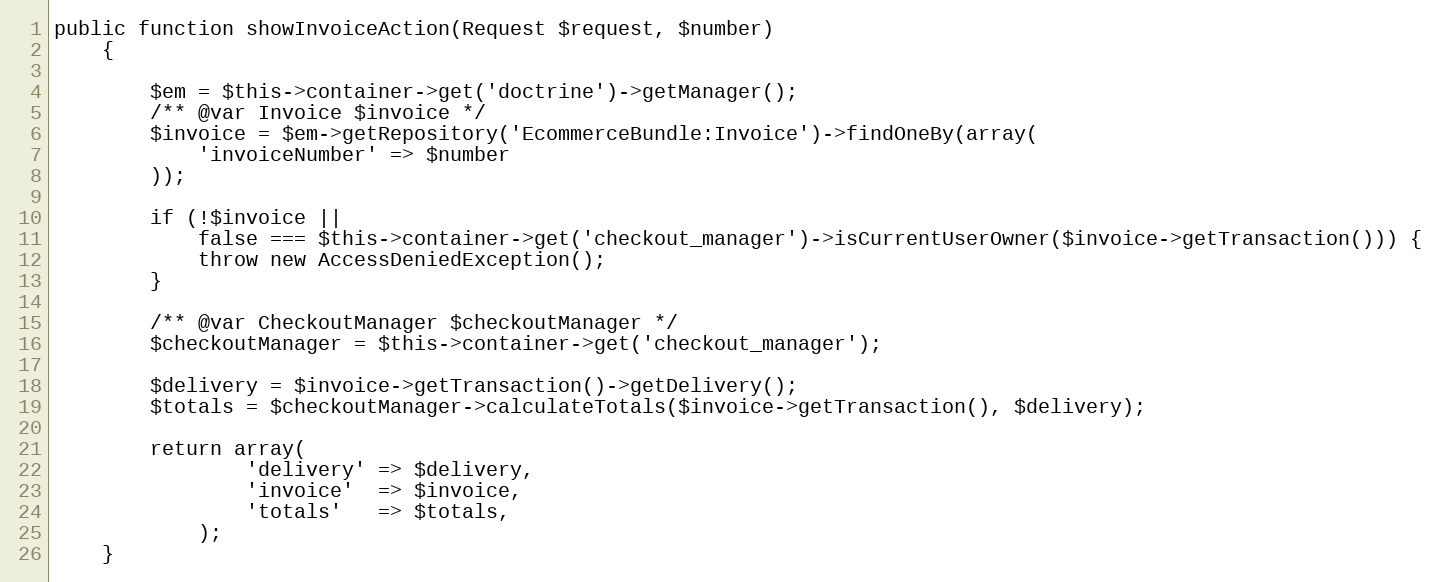
Language: PHP
public function showInvoiceAction(Request $request, $number)
    {

        $em = $this->container->get('doctrine')->getManager();
        /** @var Invoice $invoice */
        $invoice = $em->getRepository('EcommerceBundle:Invoice')->findOneBy(array(
            'invoiceNumber' => $number
        ));

        if (!$invoice ||
            false === $this->container->get('checkout_manager')->isCurrentUserOwner($invoice->getTransaction())) {
            throw new AccessDeniedException();
        }

        /** @var CheckoutManager $checkoutManager */
        $checkoutManager = $this->container->get('checkout_manager');

        $delivery = $invoice->getTransaction()->getDelivery();
        $totals = $checkoutManager->calculateTotals($invoice->getTransaction(), $delivery);

        return array(
                'delivery' => $delivery,
                'invoice'  => $invoice,
                'totals'   => $totals,
            );
    }